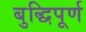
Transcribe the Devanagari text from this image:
बुद्धिपूर्ण